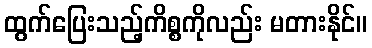
ထွက်ပြေးသည့်ကိစ္စကိုလည်း မတားနိုင်။